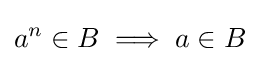
a^{n}\in B\implies a\in B